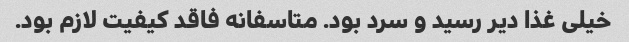
خیلی غذا دیر رسید و سرد بود. متاسفانه فاقد کیفیت لازم بود.